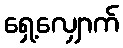
ရှေ့လျှောက်